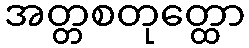
အတ္တစတုတ္ထော